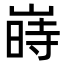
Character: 嵵